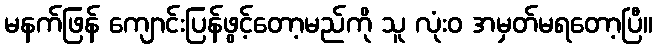
မနက်ဖြန် ကျောင်းပြန်ဖွင့်တော့မည်ကို သူ လုံးဝ အမှတ်မရတော့ပြီ။